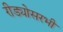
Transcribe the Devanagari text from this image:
रीड्योसरभी